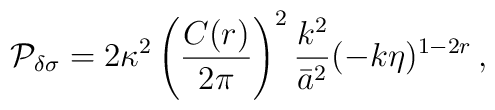
{\cal P}_{\delta\sigma} = 2\kappa^2 \left( {C(r) \over 2\pi} \right)^2 {k^2\over\bar{a}^2} (-k\eta)^{1-2r} \, ,